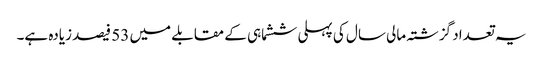
یہ تعداد گزشتہ مالی سال کی پہلی ششماہی کے مقابلے میں 53 فیصد زیادہ ہے۔